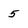
Character: 5